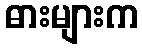
ဓားများက